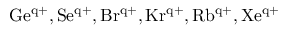
\mathrm { G e ^ { q + } , S e ^ { q + } , B r ^ { q + } , K r ^ { q + } , R b ^ { q + } , X e ^ { q + } }